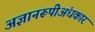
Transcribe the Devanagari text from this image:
अज्ञानरूपीअंधकार